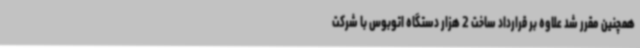
همچنین مقرر شد علاوه بر قرارداد ساخت 2 هزار دستگاه اتوبوس با شرکت